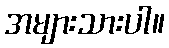
အများသားပါ။